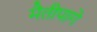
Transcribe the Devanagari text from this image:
मैतीपागे